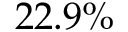
2 2 . 9 \%